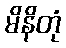
မိနိတုံ